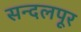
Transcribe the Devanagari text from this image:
सन्दलपूर